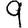
Digit: 9